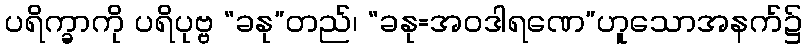
ပရိက္ခာကို ပရိပုဗ္ဗ “ခနု”တည်၊ “ခနု=အဝဒါရဏေ”ဟူသောအနက်၌